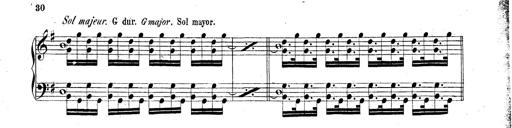
Title: Technische Studien
Composer: Franz Liszt